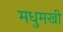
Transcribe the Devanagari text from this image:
मधुमखी